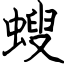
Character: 螋